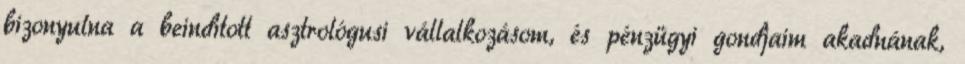
bizonyulna a beindított asztrológusi vállalkozásom, és pénzügyi gondjaim akadnának,